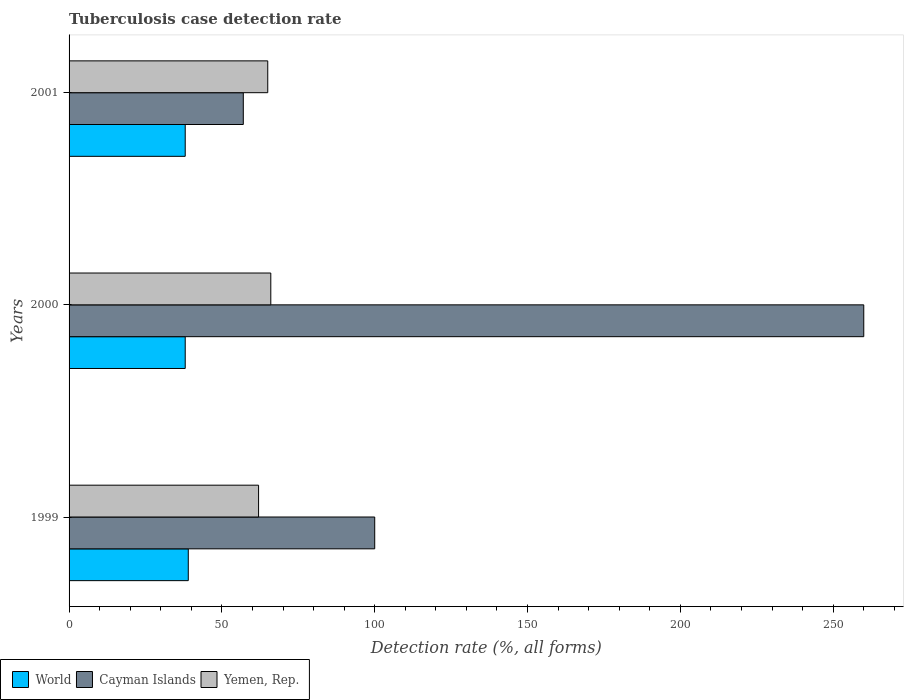
| Years | World | Cayman Islands | Yemen, Rep. |
 | --- | --- | --- | --- |
 | 1999 | 39 | 100 | 62 |
 | 2000 | 38 | 260 | 66 |
 | 2001 | 38 | 57 | 65 |